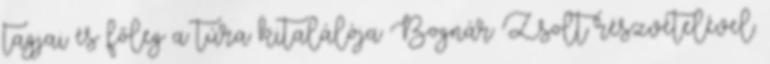
tagjai és főleg a túra kitalálója Bognár Zsolt részvételével.